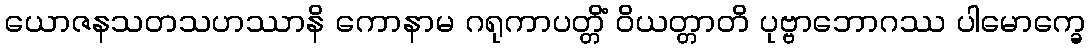
ယောဇနသတသဟဿာနိ ကောနာမ ဂရုကာပတ္တိံ ဝိယတ္တာတိ ပုဗ္ဗာဘောဂဿ ပါမောက္ခေ